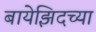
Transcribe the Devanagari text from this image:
बायेझिदच्या